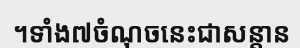
។ទាំង៧ចំណុចនេះជាសន្តាន